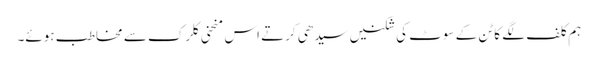
ہم کلف لگے کاٹن کے سوٹ کی شکنیں سیدھی کرتے اس منحنی کلرک سے مخاطب ہوئے۔